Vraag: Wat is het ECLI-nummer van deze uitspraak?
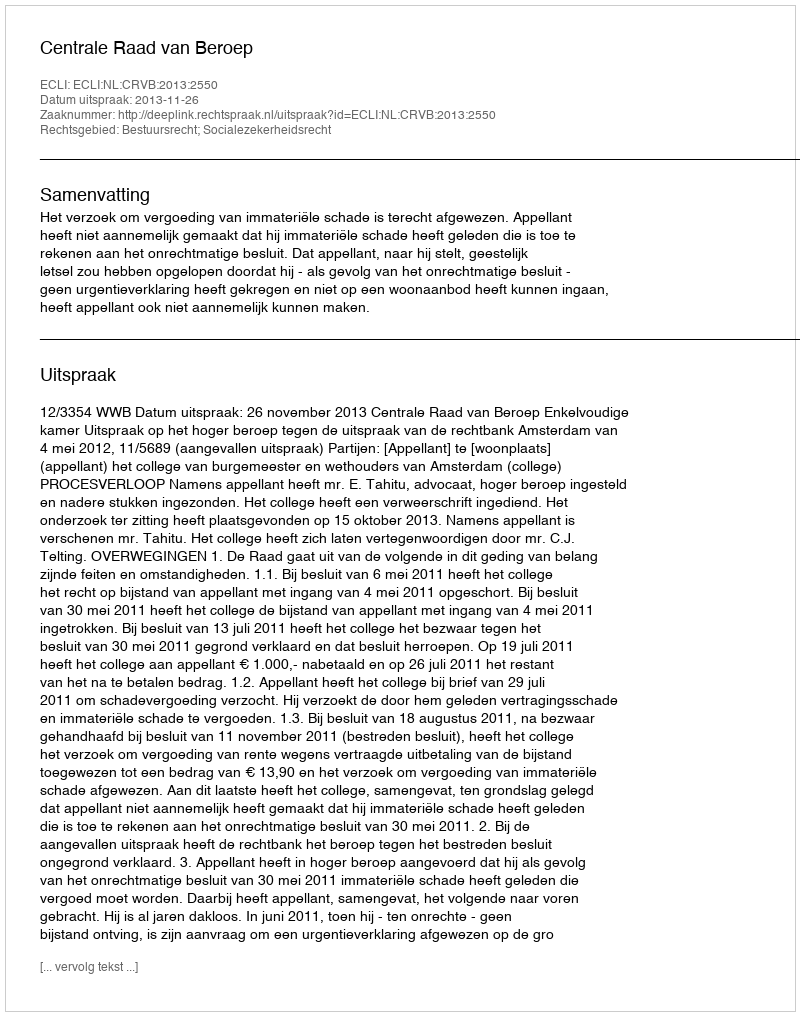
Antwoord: ECLI:NL:CRVB:2013:2550